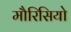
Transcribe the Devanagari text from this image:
मौरिसियो